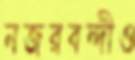
নজরবন্দীও